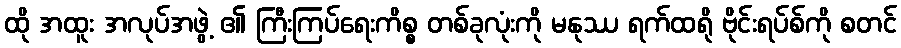
ထို အထူး အလုပ်အဖွဲ့ ၏ ကြီးကြပ်ရေးကိစ္စ တစ်ခုလုံးကို မနုဿ ရက်ထရို ဗိုင်းရပ်စ်ကို စတင်